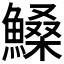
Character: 𩺞